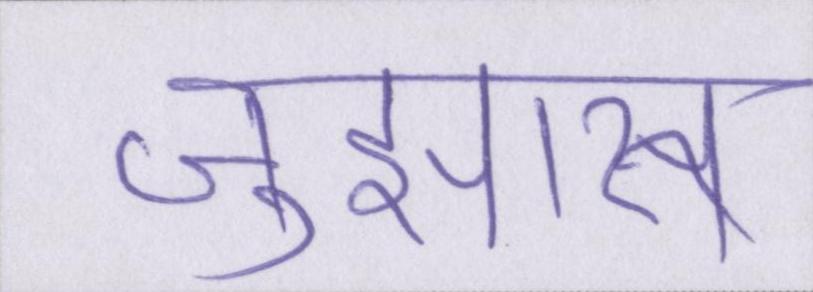
जुझारू